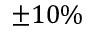
\pm 1 0 \%